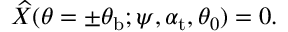
\widehat { X } ( \theta = \pm \theta _ { \mathrm { b } } ; \psi , \alpha _ { \mathrm { { t } } } , \theta _ { 0 } ) = 0 .